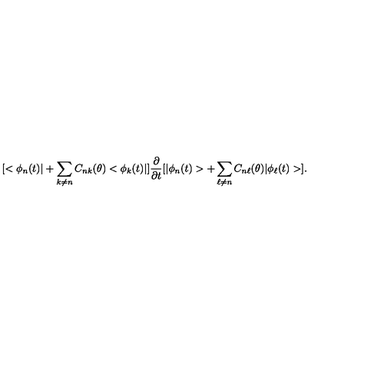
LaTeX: [ < \phi _ { n } ( t ) | + \sum _ { k \neq n } C _ { n k } ( \theta ) < \phi _ { k } ( t ) | ] \frac { \partial } { \partial t } [ | \phi _ { n } ( t ) > + \sum _ { \ell \neq n } C _ { n \ell } ( \theta ) | \phi _ { \ell } ( t ) > ] .